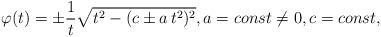
LaTeX: \begin{align*} \varphi(t) = \pm \frac{1}{t} \sqrt{t^2 -(c \pm a\, t^2)^2 }, a =const \neq 0, c = const,\end{align*}